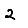
Digit: 2